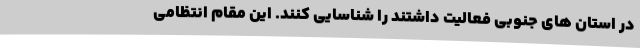
در استان های جنوبی فعالیت داشتند را شناسایی کنند. این مقام انتظامی